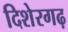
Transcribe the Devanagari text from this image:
दिशेरगढ़